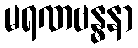
မရဏဗန္ဓနာ